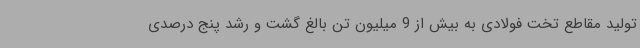
تولید مقاطع تخت فولادی به بیش از 9 میلیون تن بالغ گشت و رشد پنج درصدی